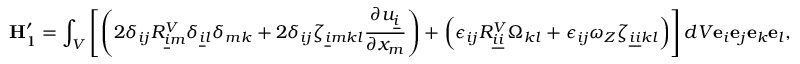
\mathbf { H } _ { 1 } ^ { \prime } = \int _ { V } \left[ \left( 2 \delta _ { i j } R _ { \underline { { i } } m } ^ { V } \delta _ { \underline { { i } } l } \delta _ { m k } + 2 \delta _ { i j } \zeta _ { \underline { { i } } m k l } \frac { \partial u _ { \underline { { i } } } } { \partial x _ { m } } \right) + \left( \epsilon _ { i j } R _ { \underline { { i } } \underline { { i } } } ^ { V } \Omega _ { k l } + \epsilon _ { i j } \omega _ { Z } \zeta _ { \underline { { i } } \underline { { i } } k l } \right) \right] d V \mathbf { e } _ { i } \mathbf { e } _ { j } \mathbf { e } _ { k } \mathbf { e } _ { l } ,